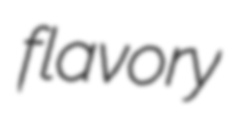
flavory